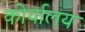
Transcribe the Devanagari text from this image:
कोर्यालय